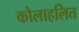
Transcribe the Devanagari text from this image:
कोलाहलित